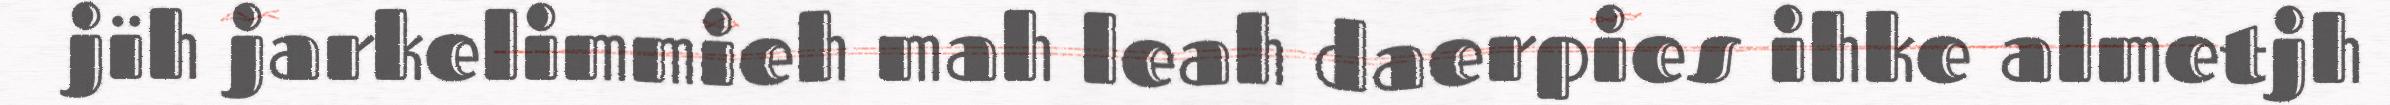
jïh jarkelimmieh mah leah daerpies ihke almetjh